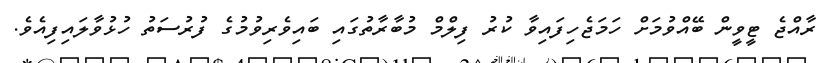
ރާއްޖެ ޓީވީން ބޭއްވުމަށް ހަމަޖެހިފައިވާ ކުރު ފިލްމް މުބާރާތުގައި ބައިވެރިވުމުގެ ފުރުސަތު ހުޅުވާލައިފިއެވެ.